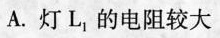
A.灯L_{1}的电阻较大